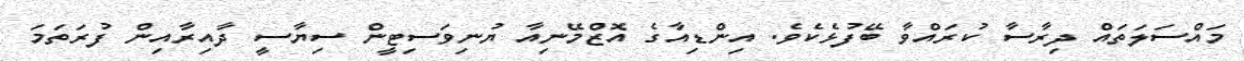
މައްސަލަތައް ދިރާސާ ކުރައްވާ ބޭފުޅެކެވެ. އިންޑިއާގެ އޮޒްމޭނިއާ ޔުނިވަސިޓީން ސިޔާސީ ދާއިރާއިން ފުރަތަމަ